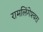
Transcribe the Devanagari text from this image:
रामलिंगेश्‍वरा